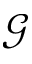
\mathcal { G }